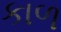
કાળ